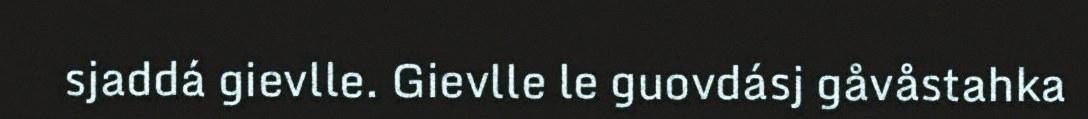
sjaddá gievlle. Gievlle le guovdásj gåvåstahka